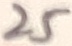
Text: 25